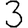
Digit: 3